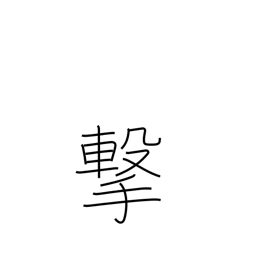
Meaning: attack